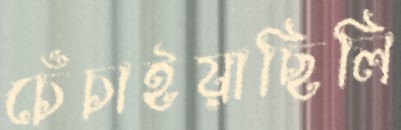
চেঁচাইয়াছিলি